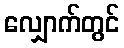
လျှောက်တွင်